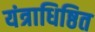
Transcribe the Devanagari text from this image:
यंत्राधिष्ठित